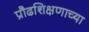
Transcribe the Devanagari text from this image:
प्रौढशिक्षणाच्या